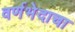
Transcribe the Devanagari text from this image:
वर्णभेदाचा